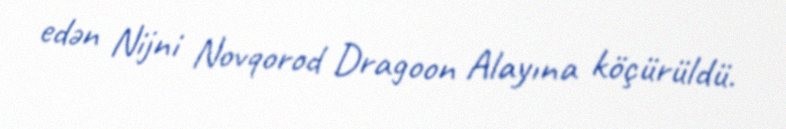
edən Nijni Novqorod Dragoon Alayına köçürüldü.